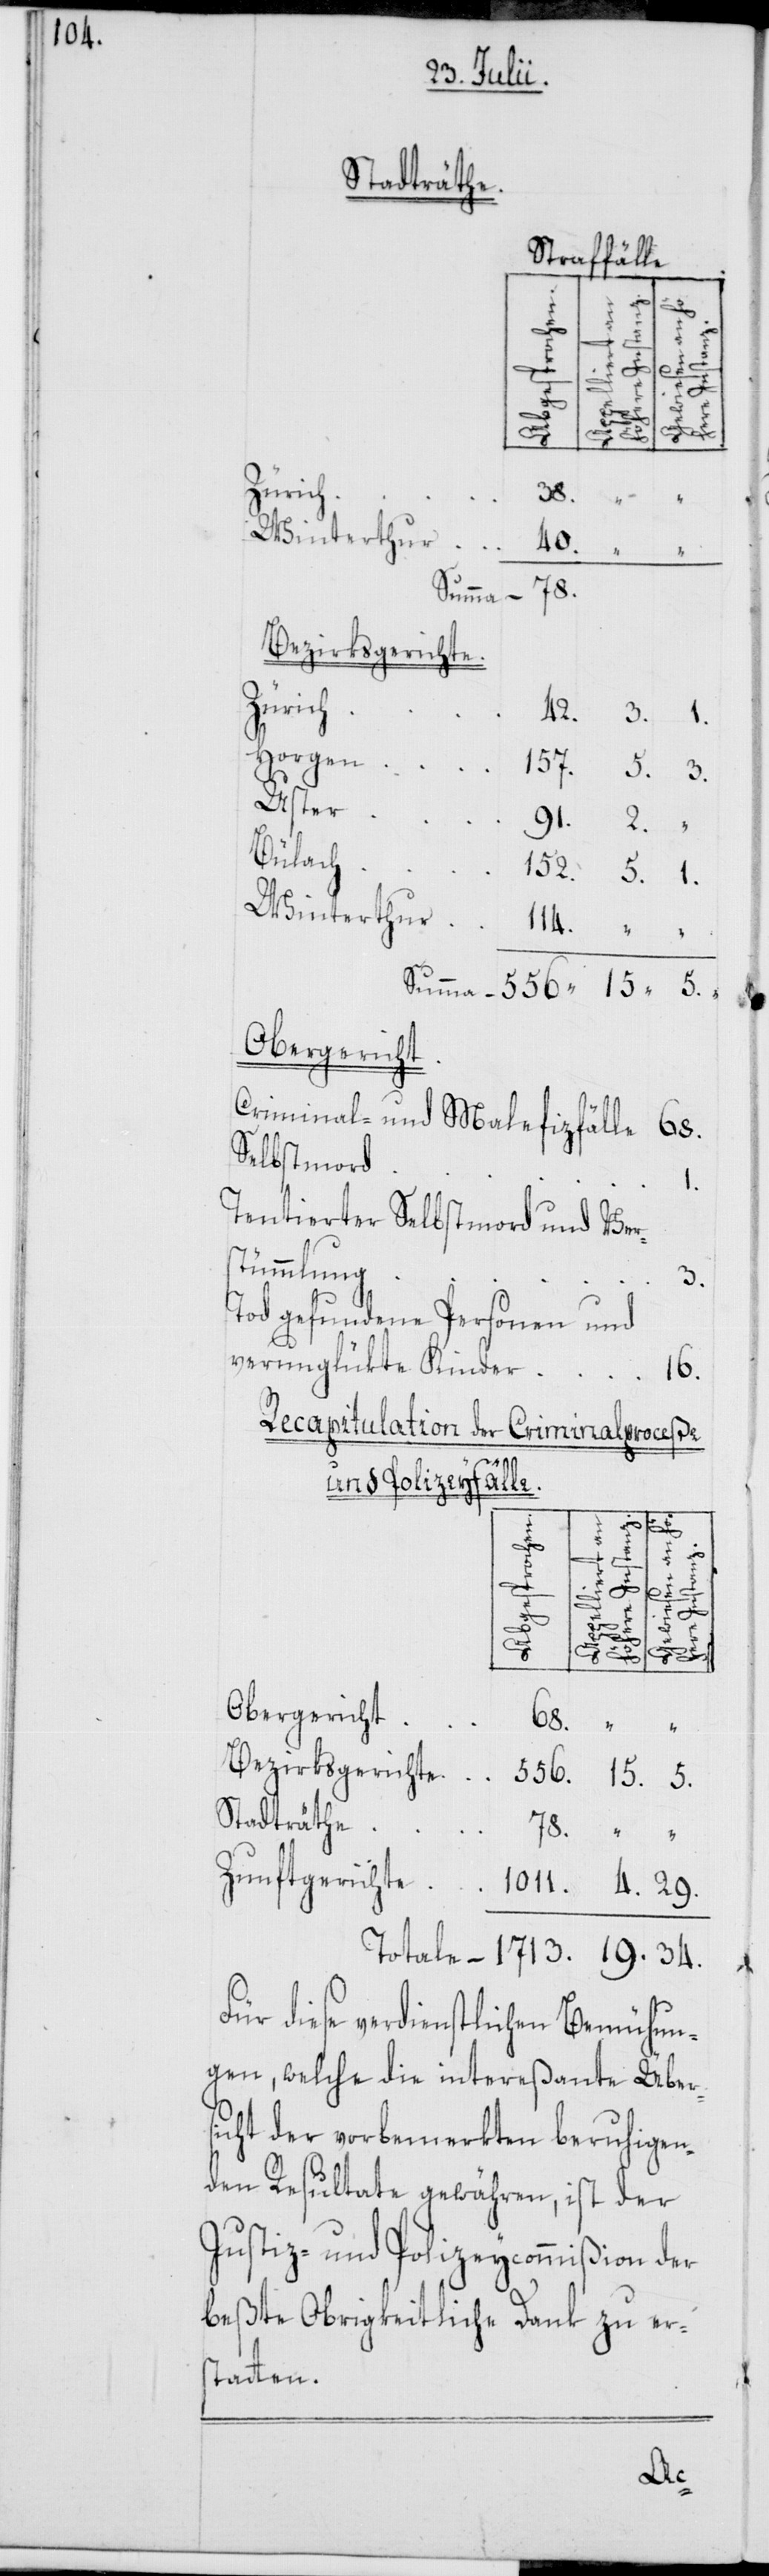
1011.

Stadträthe
gerichte
19.
34.
Zürich
Winterthur
Bezirksgerichte
Uster
Bülach
Obergericht
Criminal- und Malefizfälle
Selbstmord
Tentierter Selbstmord und Ver¬
stümmlung
3.
Tod gefundene Personen und
verunglükte Kinder
16.
Recapitulation der Criminalproceße
und Polizeyfälle.
91.
1.
556.
4.
29.
Totale
1713.
Ins¬
Für diese verdienstlichen Bemühun¬
gen, welche die intereßante Übers¬
icht der vorbemerkten beruhigen¬
den Resultate gewähren, ist der
Justiz- und Polizeycommißion der
beßte Obrigkeitliche Dank zu ers¬
tatten.